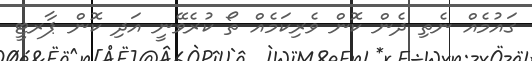
ގައުމެއް ނެތި ދެން ކޮން ވެރިކަމެއް ތޯ ކުރެވޭނީ އަދި ކޮން ޕާރޓީ